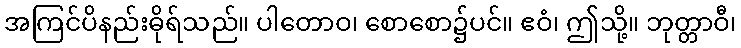
အကြင်ပိနည်းဓိုရ်သည်။ ပါတောဝ၊ စောစော၌ပင်။ ဧဝံ၊ ဤသို့။ ဘုတ္တာဝီ၊